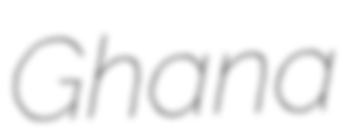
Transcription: Ghana